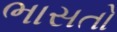
ભાસતો